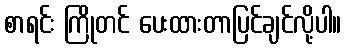
စာရင်း ကြိုတင် ပေးထားတာပြင်ချင်လို့ပါ။